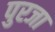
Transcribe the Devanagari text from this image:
पुरजा